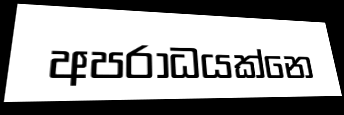
අපරාධයක්නෙ